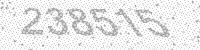
Solution: 238515